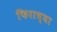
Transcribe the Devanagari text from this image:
फिराच्या